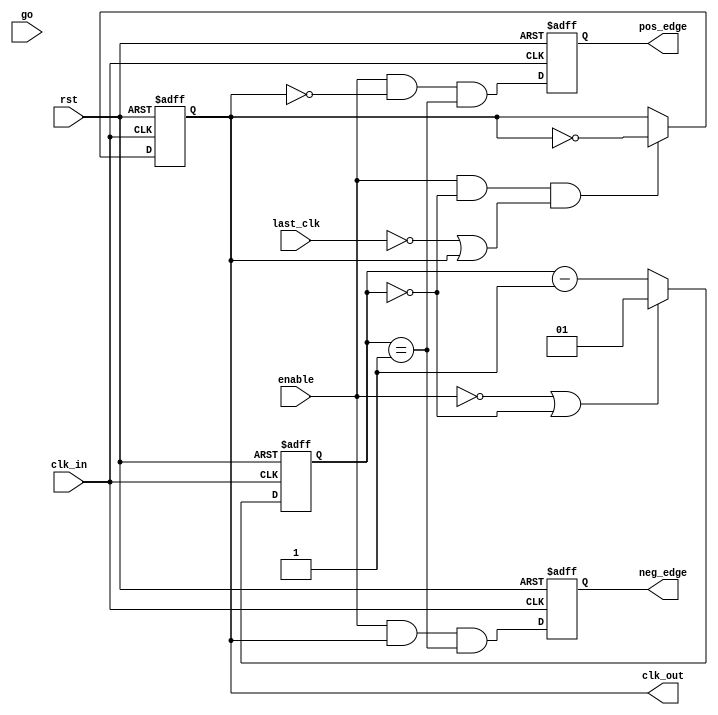
module spi_flash_clgen (clk_in, rst, go, enable, last_clk, clk_out, pos_edge, neg_edge); 
   parameter divider_len = 2;
   parameter divider = 1;
   parameter Tp = 1;
   input                            clk_in;   
   input                            rst;      
   input                            enable;   
   input                            go;       
   input                            last_clk; 
   output                           clk_out;  
   output                           pos_edge; 
   output                           neg_edge; 
   reg                              clk_out;
   reg                              pos_edge;
   reg                              neg_edge;
   reg [divider_len-1:0] 	    cnt;      
   wire                             cnt_zero; 
   wire                             cnt_one;  
   assign cnt_zero = cnt == {divider_len{1'b0}};
   assign cnt_one  = cnt == {{divider_len-1{1'b0}}, 1'b1};
   always @(posedge clk_in or posedge rst)
     begin
	if(rst)
	  cnt <= #Tp {divider_len{1'b1}};
	else
	  begin
             if(!enable || cnt_zero)
               cnt <= #Tp divider;
             else
               cnt <= #Tp cnt - {{divider_len-1{1'b0}}, 1'b1};
	  end
     end
   always @(posedge clk_in or posedge rst)
     begin
	if(rst)
	  clk_out <= #Tp 1'b0;
	else
	  clk_out <= #Tp (enable && cnt_zero && (!last_clk || clk_out)) ? ~clk_out : clk_out;
     end
   always @(posedge clk_in or posedge rst)
     begin
	if(rst)
	  begin
             pos_edge  <= #Tp 1'b0;
             neg_edge  <= #Tp 1'b0;
	  end
	else
	  begin
             pos_edge  <= #Tp (enable && !clk_out && cnt_one) || (!(|divider) && clk_out) || (!(|divider) && go && !enable);
             neg_edge  <= #Tp (enable && clk_out && cnt_one) || (!(|divider) && !clk_out && enable);
	  end
     end
endmodule